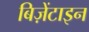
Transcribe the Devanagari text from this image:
बिज़ेंटाइन